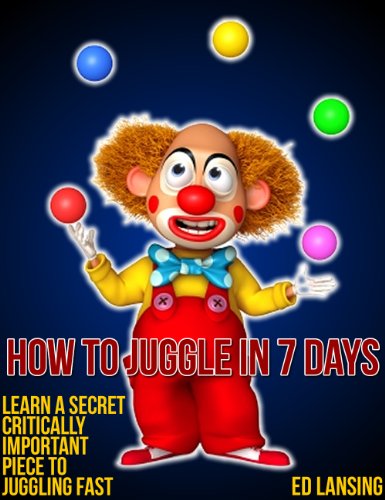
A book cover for How To Juggle In 7 Days; Ed Lansing; Sports & Outdoors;